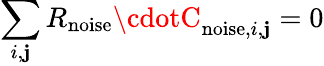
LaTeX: \sum_{i,\mathbf{j}}R_{\mathrm{{noise}}}\cdotC_{\mathrm{{noise}},i,\mathbf{j}}=0